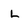
Character: l